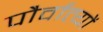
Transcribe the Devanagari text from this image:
पौर्वात्यों